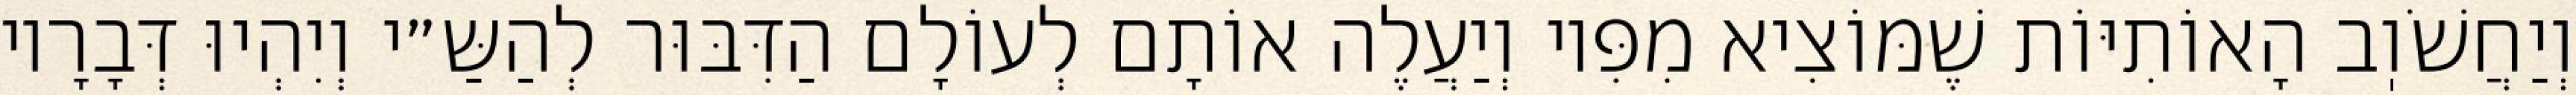
וְיַחֲשֹׁוֽב הָאוֹתִיּוֹת שֶׁמּוֹצִיא מִפִּיו וְיַעֲלֶה אוֹתָם לְעוֹלָם הַדִּבּוּר לְהַשַּ״י וְיִהְיוּ דְּבָרָיו